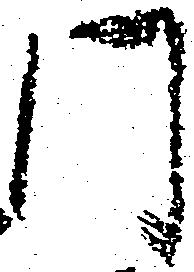
門